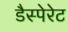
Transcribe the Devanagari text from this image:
डैस्पेरेट